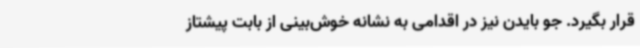
قرار بگیرد. جو بایدن نیز در اقدامی به نشانه خوش‌بینی از بابت پیشتاز